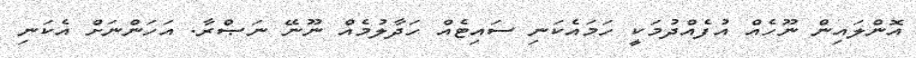
އޮންލައިން ނޫހެއް އުފެއްދުމަކީ ހަމައެކަނި ސައިޓެއް ހަދާލުމެއް ނޫނޭ ނަޞްރާ. އަހަންނަށް އެކަނި